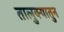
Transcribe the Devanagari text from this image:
तालुक्यातुन